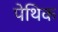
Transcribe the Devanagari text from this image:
पेथिक